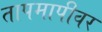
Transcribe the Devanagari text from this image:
तापमापीवर